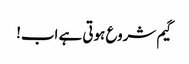
گیم شروع ہوتی ہے اب!